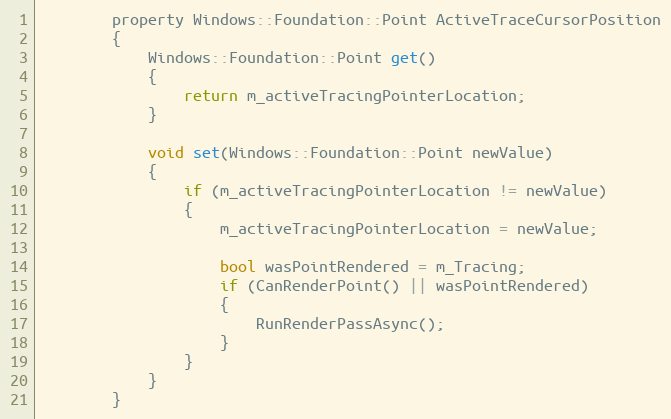
Language: C
        property Windows::Foundation::Point ActiveTraceCursorPosition
        {
            Windows::Foundation::Point get()
            {
                return m_activeTracingPointerLocation;
            }

            void set(Windows::Foundation::Point newValue)
            {
                if (m_activeTracingPointerLocation != newValue)
                {
                    m_activeTracingPointerLocation = newValue;

                    bool wasPointRendered = m_Tracing;
                    if (CanRenderPoint() || wasPointRendered)
                    {
                        RunRenderPassAsync();
                    }
                }
            }
        }